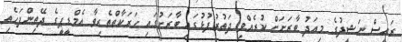
ރައީސް ނަޝީދުގެ މިއަދު ބާރަށަށް ކުރެއްވި ދަތުރުފުޅުގައި ބާރަށުގައި ހަރަކާތްތެރިވާ އެމްޑީޕީގެ ދޭތިންފަހެތި